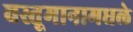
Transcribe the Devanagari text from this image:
वस्तूमानामधले